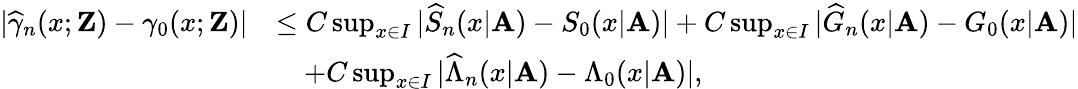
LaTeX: \begin{array}{rl}{|\widehat{\gamma}_{n}(x;\mathbf{Z})-\gamma_{0}(x;\mathbf{Z})|}&{\leq C\operatorname*{sup}_{x\in I}|\widehat{S}_{n}(x|\mathbf{A})-S_{0}(x|\mathbf{A})|+C\operatorname*{sup}_{x\in I}|\widehat{G}_{n}(x|\mathbf{A})-G_{0}(x|\mathbf{A})|}\\ &{\quad+C\operatorname*{sup}_{x\in I}|\widehat{\Lambda}_{n}(x|\mathbf{A})-\Lambda_{0}(x|\mathbf{A})|,}\end{array}